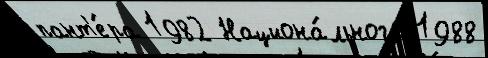
пант'е́ра 1982 Национа́льного 1988